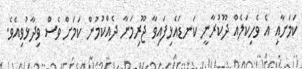
ކަމަށާއި އެ ވެހިކަލެއް ދޫކުރާނީ ކަނޑައެޅިފައިވާ ޖޫރިމަނާ ދެއްކުމުން ކަމަށް ވެސް ވިދާޅުވިއެވެ.